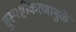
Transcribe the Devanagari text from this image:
सुस्पष्टीकरणामुळे